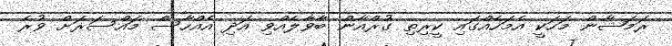
ރަމަޟާން މަހަކީ އެމަހެއްގައި ކީރިތި ގުރްއާން ބާވާލެއްވި އަދި އެއްހާސް މައްސަރަށް ވުރެ